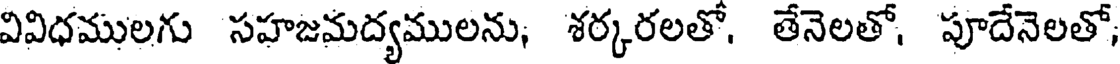
వివిధములగు సహజమద్యములను, శర్కరలతో, తేనెలతో, పూదేనెలతో,